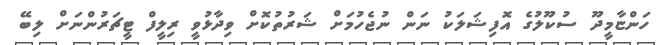
ހަންޏާމީދޫ ސުކޫލުގެ އޮފިޝަލަކު ނަން ނުޖެހުމަށް ޝަރުތުކޮށް ވިދާޅުވީ ރިލީފް ޓީޗަރުންނަށް ލިބޭ